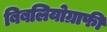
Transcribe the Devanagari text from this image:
बिबलियोग्राफी